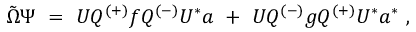
{ \tilde { \Omega } } \Psi \ = \ U Q ^ { ( + ) } f Q ^ { ( - ) } U ^ { * } a \ + \ U Q ^ { ( - ) } g Q ^ { ( + ) } U ^ { * } a ^ { * } \ ,